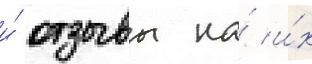
и́ отзывы на́ и́х